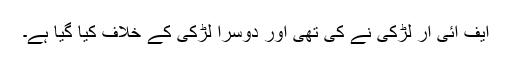
ایف آئی آر لڑکی نے کی تھی اور دوسرا لڑکی کے خلاف کیا گیا ہے۔